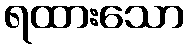
ရထားသော